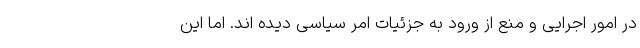
در امور اجرایی و منع از ورود به جزئیات امر سیاسی دیده اند. اما این